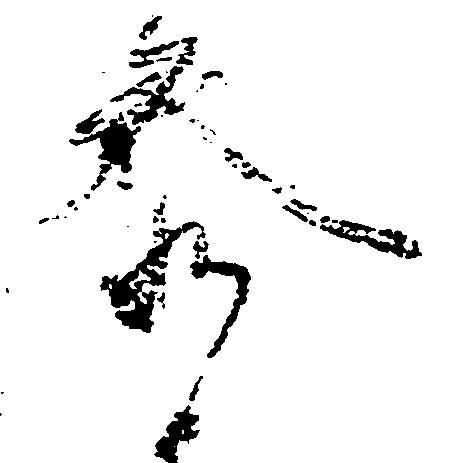
参